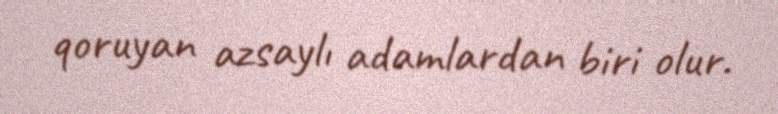
qoruyan azsaylı adamlardan biri olur.